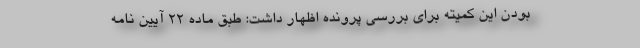
بودن این کمیته برای بررسی پرونده اظهار داشت: طبق ماده 22 آیین نامه